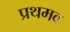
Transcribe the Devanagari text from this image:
प्रथमव